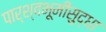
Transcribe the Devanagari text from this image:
पार्श्वभूमीसुद्धा